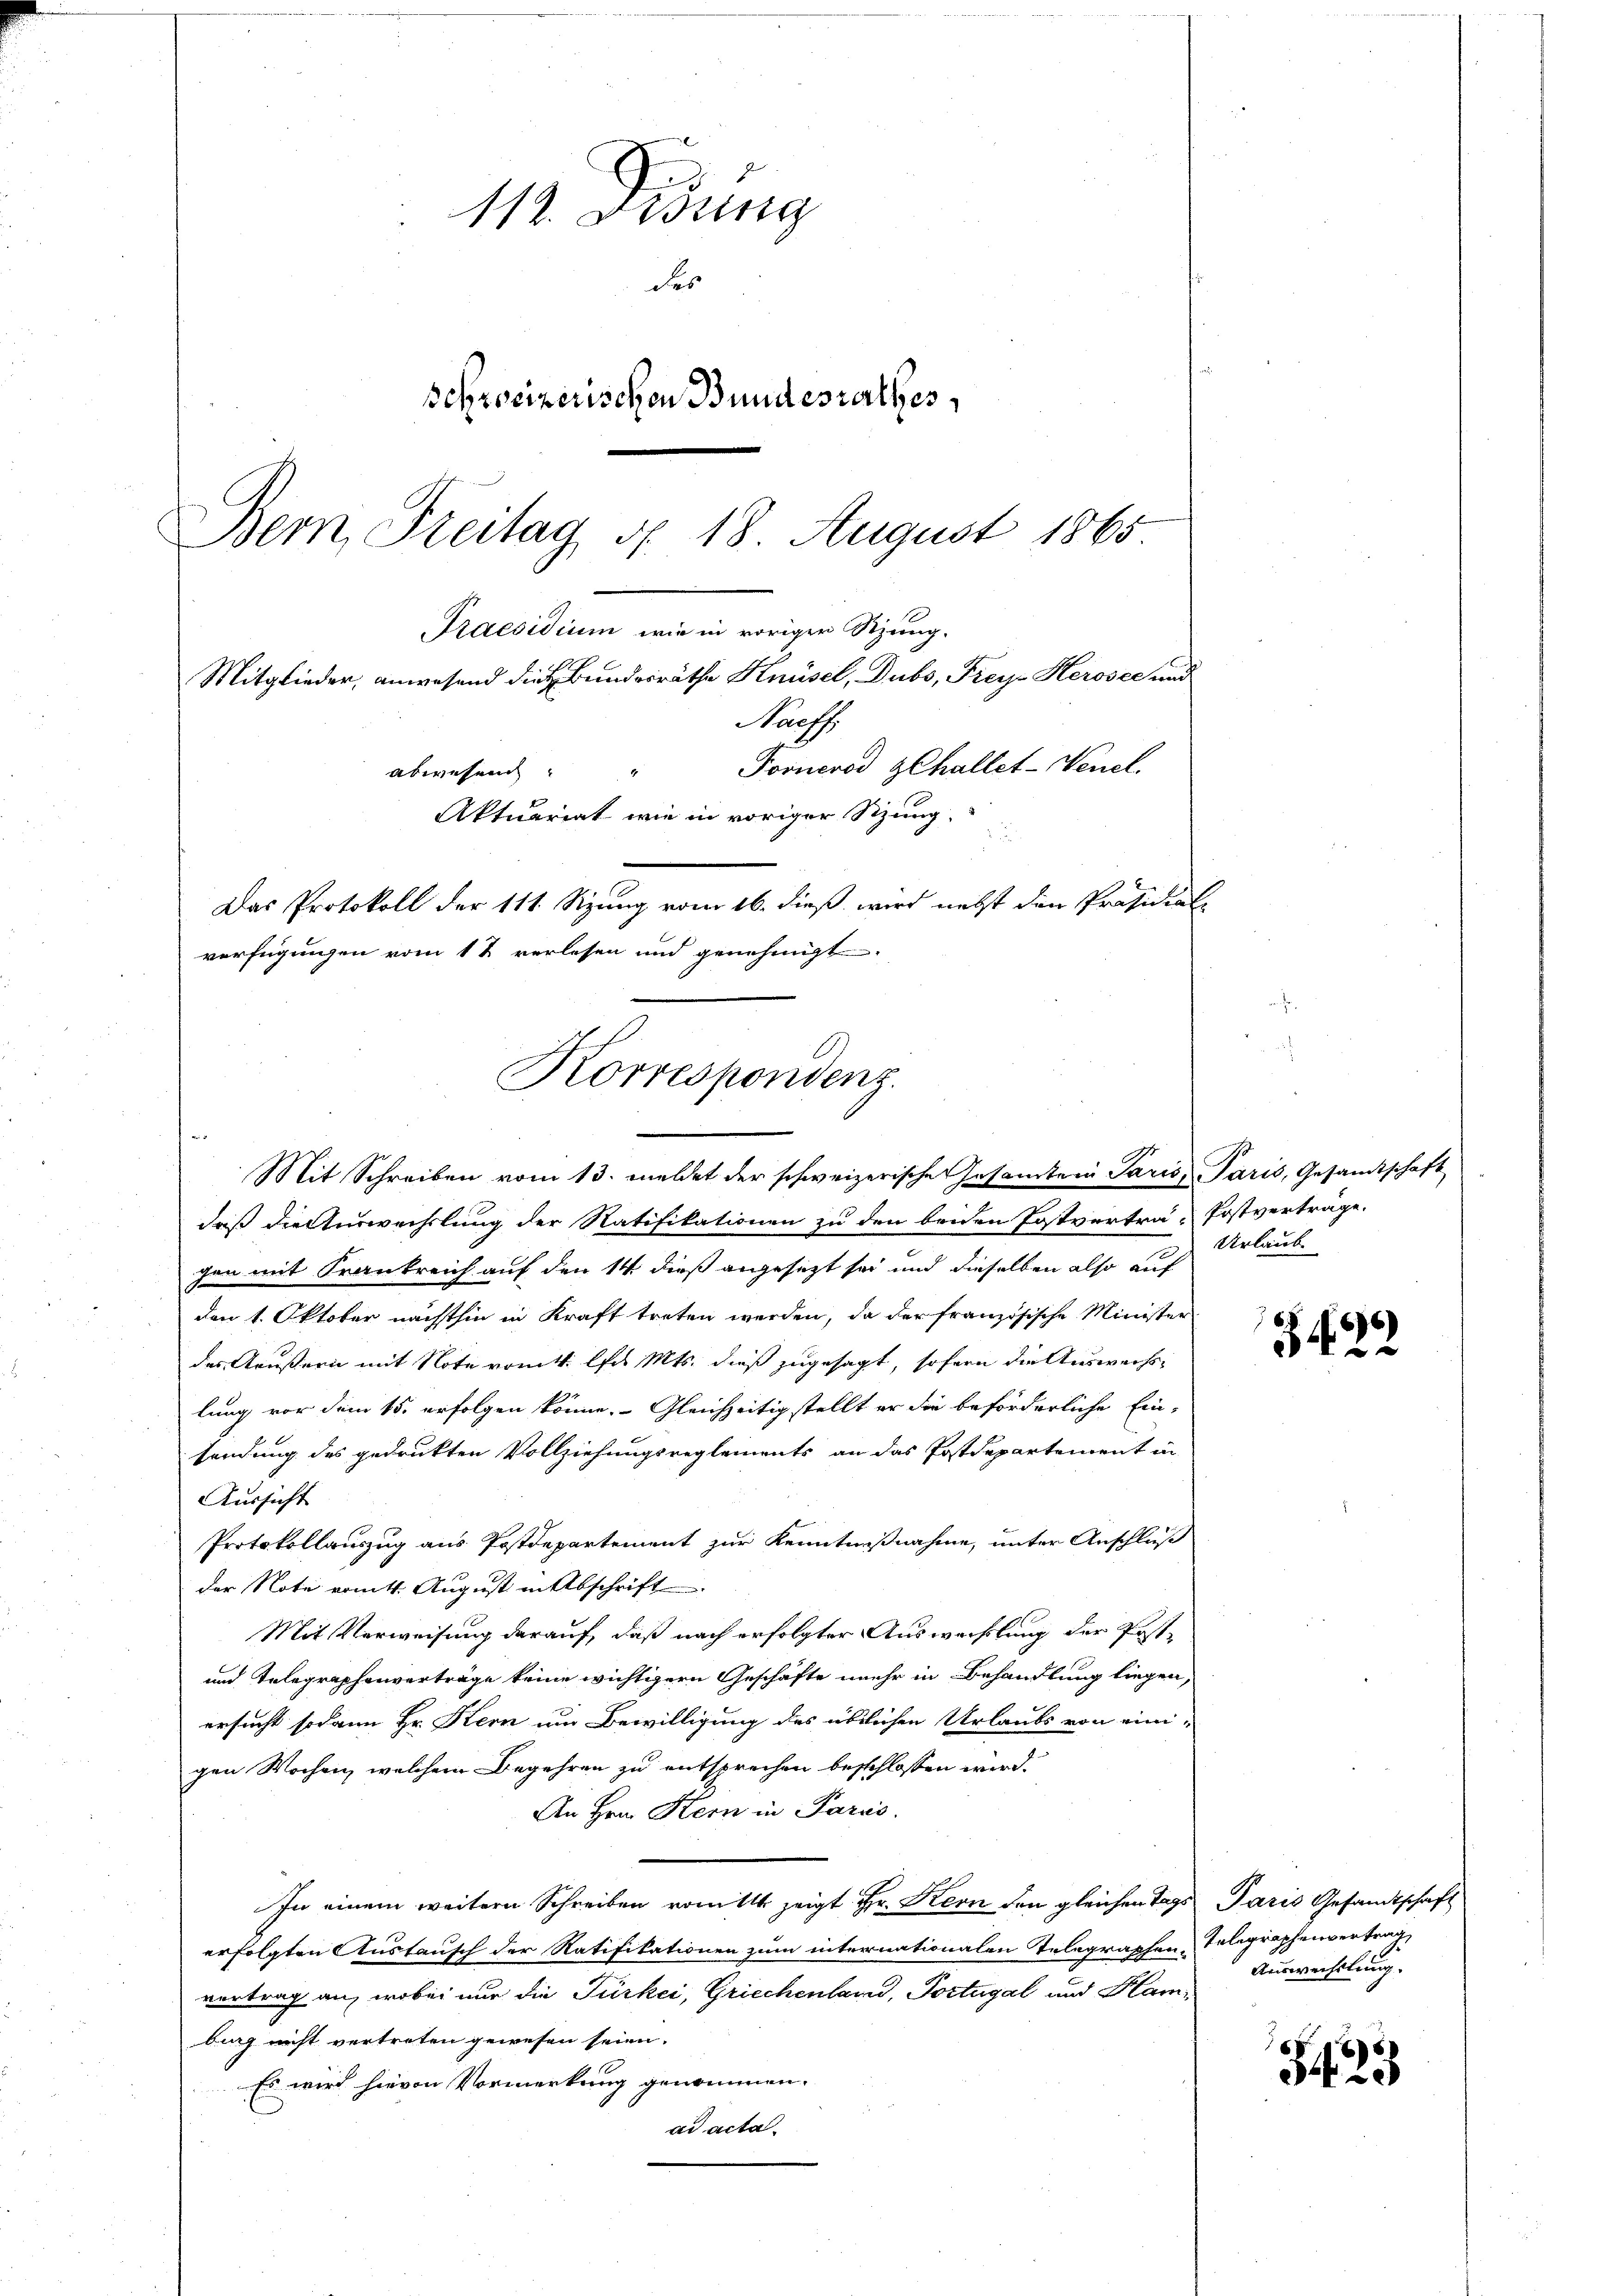
112. Disung
das
sebroeizerischen Bundesrathes
Bern, Steitag d. 18. August 1865
Praesidium wie in vorigen Sitzung.
.
Mitglieder, anwesend dies Bundesräthe Knüsel, Dubs, Freys Herosec und
Paaff
Fornerod gehallet-Venel.
abwesen "
Aktuariat wie in voriger Sitzung,
Das Protokoll der 111 Sizung vom 16. dieß wird nebst den Präsidial-
verfügungen vom 1t verlesen und genehmigt

a
daß die Auswechslung der Ratifikationen zu den beiden Postvertra-Postverträge.
gen mit Frankreich auf den 14 dieß angesezt sei und dieselben also auf
den 1. Oktober nächsthin in Kraft treten werden, da der französische Minister
des Aeußern mit Note vom 4. las Mts. dieß zugesagt, sofern die Auswechs,
lung vor dem 15. erfolgen könne. Gleichzeitig stellt er die beförderliche Einsendung des gedrukten Vollziehungsreglements an das Postdepartement in
Aussicht
Protokollauszug aus Postdepartement zur Kenntnißnahme, unter Anschluß
der Note vom 4. August in Abschrift
Mit Verweisung darauf, daß nach erfolgter Auswechslung der Post¬
und Telegraphenverträge keine wichtigern Geschäfte mehr in Behandlung liegen,
ersucht sodann Hr. Kern um Bewilligung des üblichen Urlaubs von eini-
gen Wochen, welchem Begehren zu entsprechen beschlossen wird.
An Hrn. Kern in Paris.
In einem weitern Schreiben vom 11 zeigt Hr. Kern den gleichen Tags Paris Gesandtschaft
erfolgten Austausch der Ratifikationen zum internationalen Telegraphen Telegraphenvertrag
vertrag an, wobei nur die Türkei, Griechenland, Portugal und Hambung nicht vertreten gewesen seien.
Es wird hievon Vormerkung genommen.
ad acta.

Korrespondenz.
Mit Schreiben vom 13. meldet der schweizerische Gesamten Paris Paris, Gesamtschaft

Urlaube

4

Auswechslung.

3423